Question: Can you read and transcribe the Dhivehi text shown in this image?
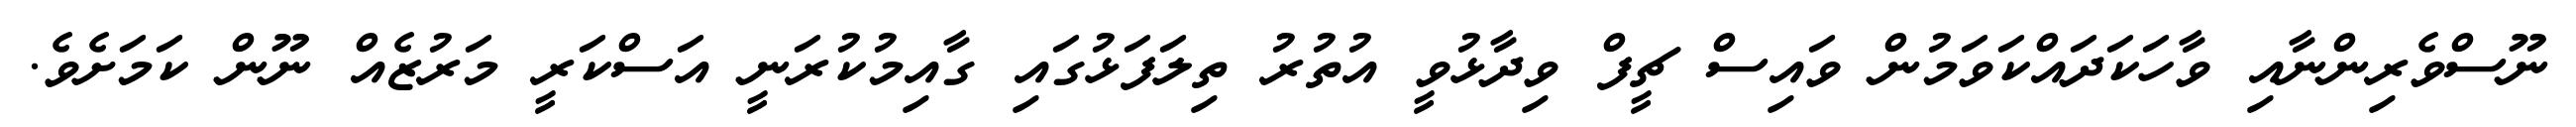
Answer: ނޫސްވެރިންނާއި ވާހަކަދައްކަވަމުން ވައިސް ޗީފް ވިދާޅުވީ އުތުރު ތިލަފަޅުގައި ގާއިމުކުރަނީ އަސްކަރީ މަރުޒެއް ނޫން ކަމަށެވެ.